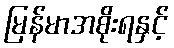
မြန်မာအစိုးရနှင့်